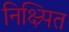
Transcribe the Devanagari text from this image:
निक्ष्र्पित